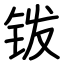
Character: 䥽